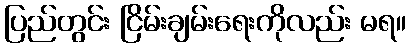
ပြည်တွင်း ငြိမ်းချမ်းရေးကိုလည်း မရ။